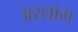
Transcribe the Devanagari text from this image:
अरधांग